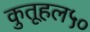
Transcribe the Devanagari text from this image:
कुतूहल५०